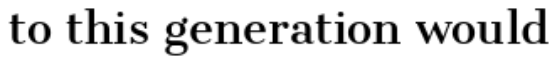
to this generation would